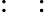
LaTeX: :~~: